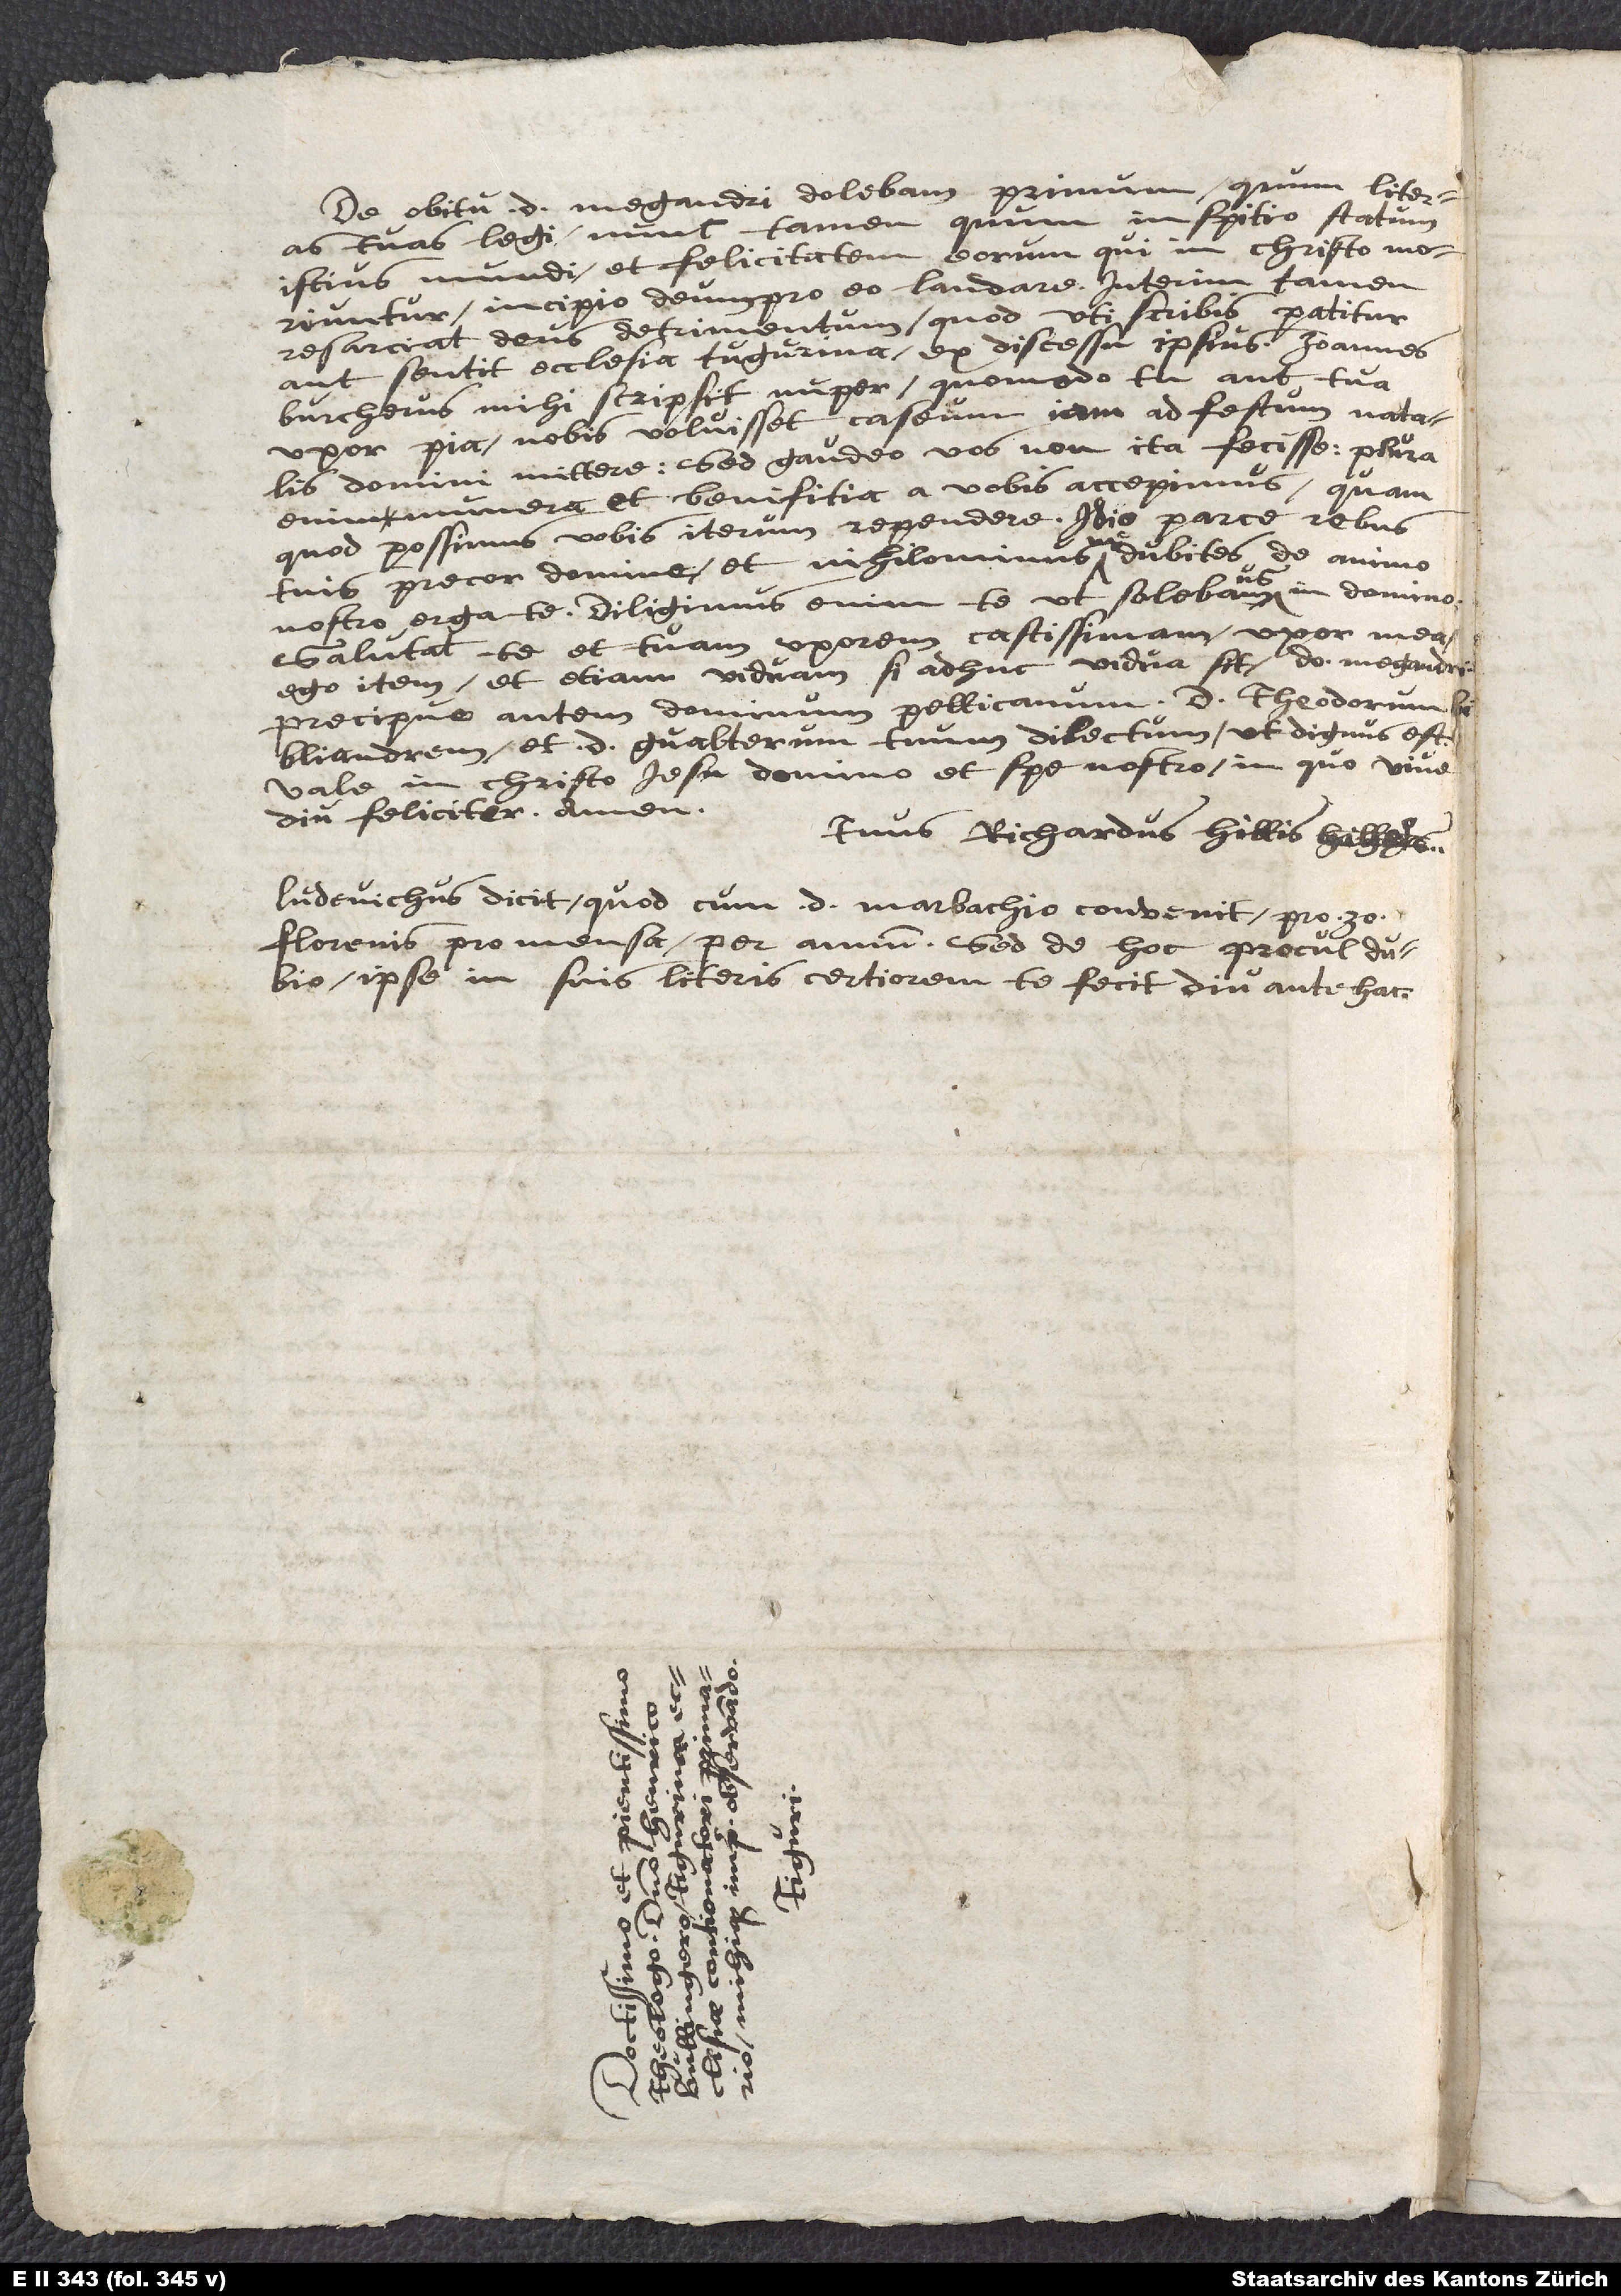
De obitu d. Megandri dolebam primum, quum literas
tuas legi; nunc tamen, quum inspicio statum
istius mundi et felicitatem eorum, qui in Christo moriuntur,
incipio deum pro eo laudare. Interim tamen
resarciat deus detrimentum, quod, uti scribis, patitur
aut sentit ecclesia Tugurina ex discessu ipsius. Ioannes
Burcherus mihi scripsit nuper, quomodo tu aut tua
uxor pia nobis voluisset caseum iam ad festum natalis
domini mittere; sed gaudeo vos non ita fecisse; plura
enim munera et benefitia a vobis accepimus, quam
quod possimus vobis iterum rependere. Idio parce rebus
tuis, precor, domine, et nihilominus ne dubites de animo
nostro erga te; diligimus enim te, ut solebamus, in domino.
Salutat te et tuam uxorem castissimam uxor mea,
ego item, etiam viduam (si adhuc vidua sit) domini Megandri,
precipue autem dominum Pellicanum, d. Theodorum
Bibliandrum et d. Gvalterum tuum dilectum, ut dignus est.
Vale in Christo Iesu, domino et spe nostro, in quo vive
diu feliciter. Amen.
Tuus Richardus Hillis.
Ludevichus dicit, quod cum d. Marbachio convenit pro 30
florenis pro mensa per annum; sed de hoc procul dubio
ipse in suis literis certiorem te fecit diu antehac.